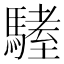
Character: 𩥏